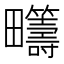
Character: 𤴆